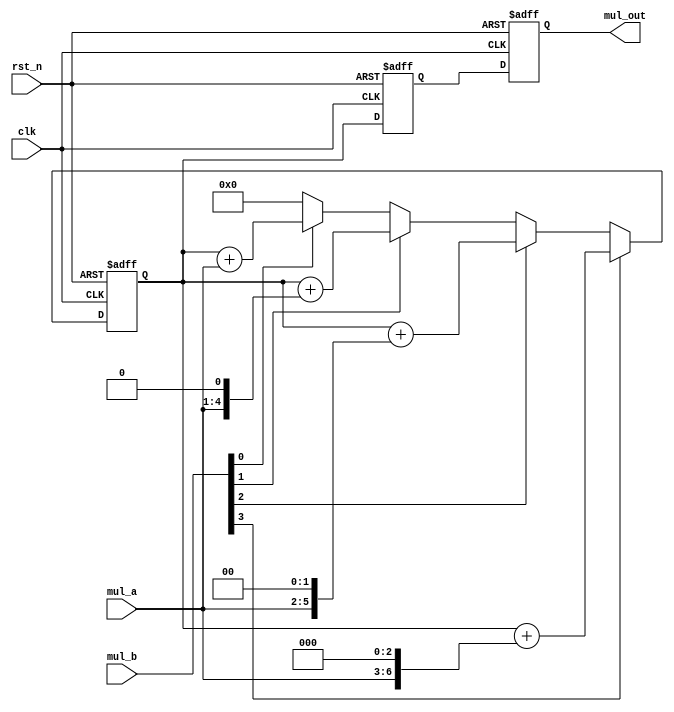
module multi_pipe_4bit #(
    parameter size = 4
) (
    input wire clk,
    input wire rst_n,
    input wire [size-1:0] mul_a,
    input wire [size-1:0] mul_b,
    output reg [(2*size)-1:0] mul_out
);

    // Intermediate registers for pipeline stages
    reg [size-1:0] stage1_mul_a;
    reg [size-1:0] stage1_mul_b;
    reg [(2*size)-1:0] stage1_product;
    
    reg [(2*size)-1:0] stage2_product;

    // Extended multiplicand and multiplier
    wire [(2*size)-1:0] extended_mul_a = {size'b0, mul_a};
    wire [(2*size)-1:0] extended_mul_b = {size'b0, mul_b};

    // Generate partial products and sum them
    integer i;
    always @(posedge clk or negedge rst_n) begin
        if (!rst_n) begin
            // Reset all pipeline registers
            stage1_mul_a <= 0;
            stage1_mul_b <= 0;
            stage1_product <= 0;
            stage2_product <= 0;
            mul_out <= 0;
        end else begin
            // Stage 1: Calculate partial products and sum
            stage1_mul_a <= mul_a;
            stage1_mul_b <= mul_b;
            stage1_product <= 0;
            for (i = 0; i < size; i++) begin
                if (extended_mul_b[i])
                    stage1_product <= stage1_product + (extended_mul_a << i);
            end

            // Stage 2: Pass the result from stage 1
            stage2_product <= stage1_product;
            mul_out <= stage2_product;
        end
    end

endmodule